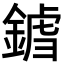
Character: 𨩝